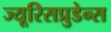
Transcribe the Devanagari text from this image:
ज्यूरिसप्रुडेन्स